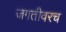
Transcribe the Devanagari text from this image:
जगतीवरच